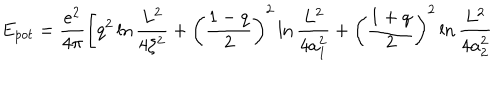
E _ { p o t } = \frac { e ^ { 2 } } { 4 \pi } \left[ q ^ { 2 } \ln \frac { L ^ { 2 } } { 4 \zeta ^ { 2 } } + \left( \frac { 1 - q } { 2 } \right) ^ { 2 } \ln \frac { L ^ { 2 } } { 4 a _ { 1 } ^ { 2 } } + \left( \frac { 1 + q } { 2 } \right) ^ { 2 } \ln \frac { L ^ { 2 } } { 4 a _ { 2 } ^ { 2 } } \right.